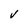
Character: v